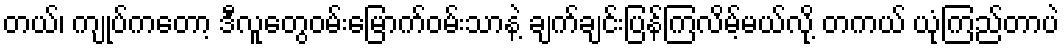
တယ်၊ ကျုပ်ကတော့ ဒီလူတွေဝမ်းမြောက်ဝမ်းသာနဲ့ ချက်ချင်းပြန်ကြလိမ့်မယ်လို့ တကယ် ယုံကြည်တာပဲ